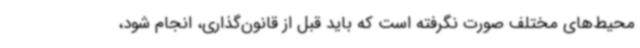
محیط‌های مختلف صورت نگرفته است که باید قبل از قانون‌گذاری، انجام شود،